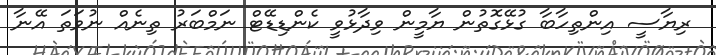
ރިޔާސީ އިންތިހާބާ ގުޅޭގޮތުން ޔާމީން ވިދާޅުވީ ކެންޑިޑޭޓް ނަމްބަރު ތިނެއް ނުވަތަ އޭނާ